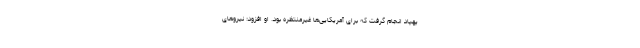
پهپاد انجام گرفت که برای آمریکایی‌ها غیرمنتظره بود. او افزود: نیروهای